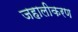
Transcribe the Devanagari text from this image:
जहालीकरण